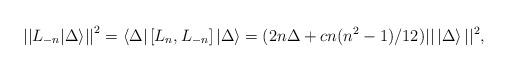
LaTeX: \begin{align*}{|| L_{-n} | \Delta \rangle || }^2=\langle \Delta| \left[L_{n}, L_{-n}\right]|\Delta \rangle =(2n \Delta + cn (n^2-1)/12) ||\, |\Delta \rangle \, ||^2,\end{align*}